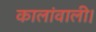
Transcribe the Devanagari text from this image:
कालांवाली।